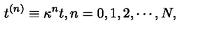
t ^ { ( n ) } \equiv \kappa ^ { n } t , n = 0 , 1 , 2 , \cdots , N ,